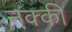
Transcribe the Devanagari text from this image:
नक्‍की